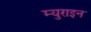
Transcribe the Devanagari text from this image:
म्युराइन